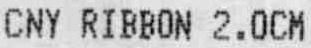
CNY RIBBON 2.0CM